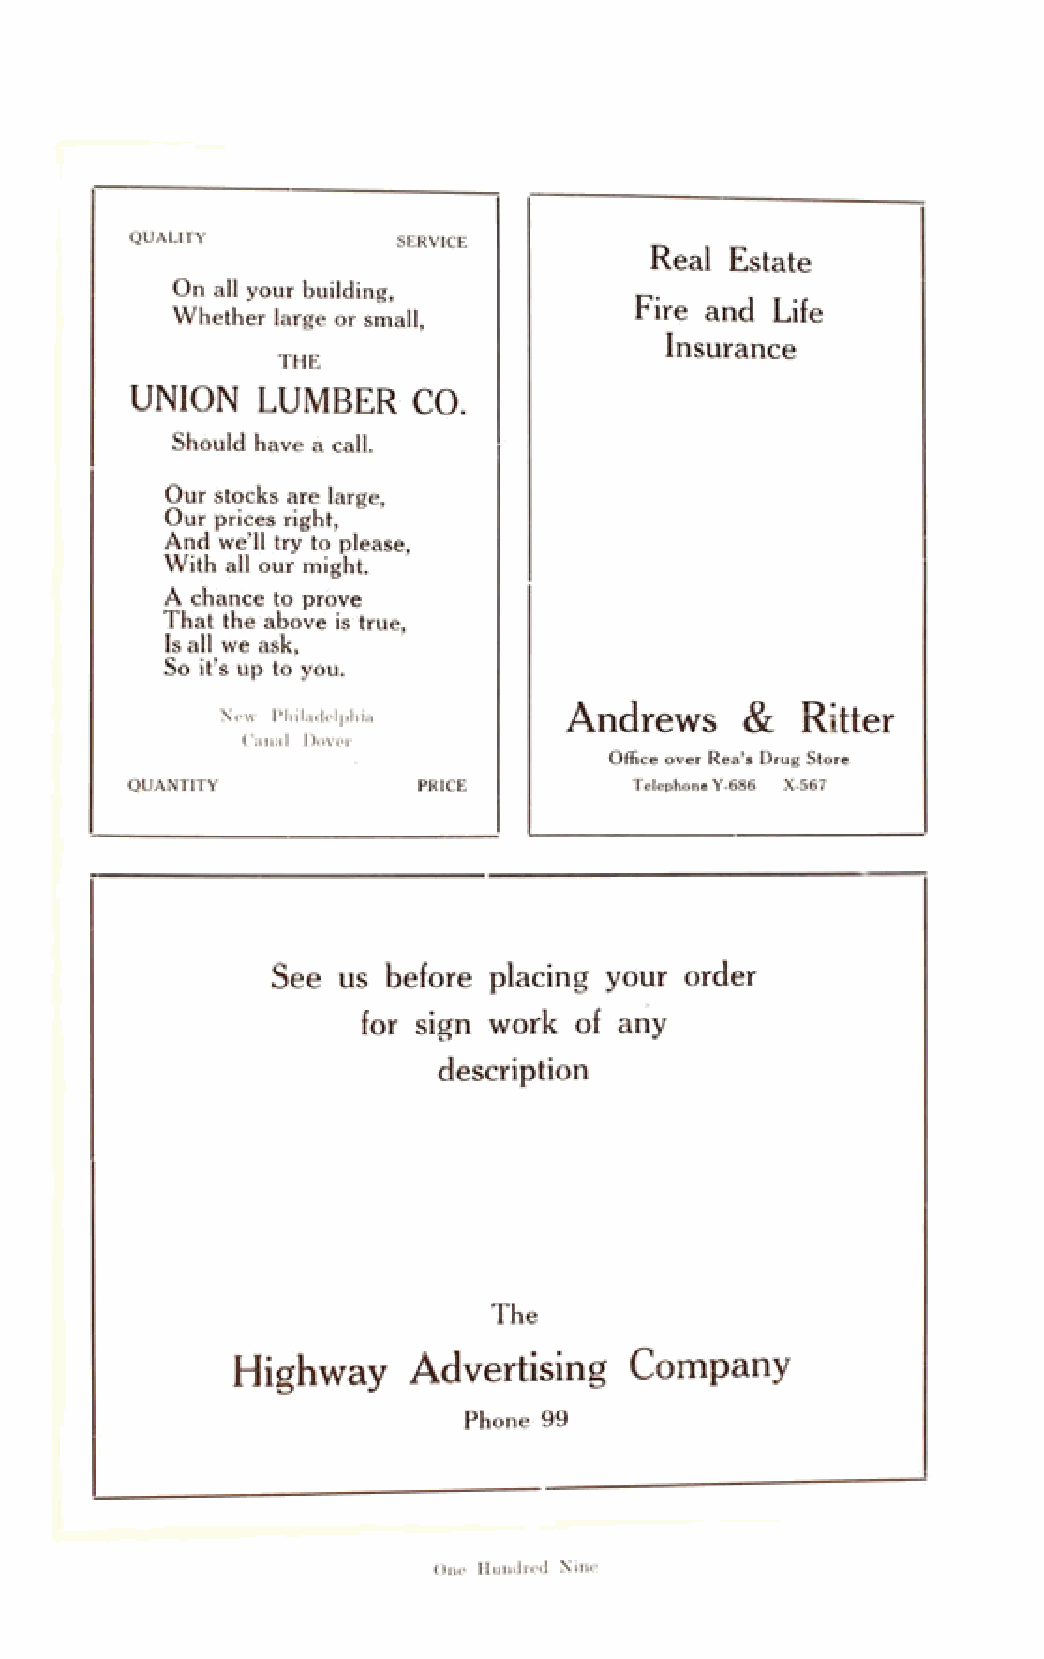
QUALITY          SERVICE
 Real Estate
 On all your building,
 Fire and Life
 Whether large or small,
 Insurance
 THE
 UNION   LUMBER    CO.
 Should have a call.
 Our stocks are large,
 Our prices right,
 And we’ll try to please,
 With all our might.
 A chance to prove
 That the above is true,
 Is all we ask,
 So it’s up to you.
 Andrews     &   Ritter
 New Philadelphia
 Canal Dover
 Office over Rea’s Drug Store
 QUANTITY           PRICE         Telephone Y-686 X-567
 See us  before placing your order
 for sign work of any
 description
 The
 Highway     Advertising    Company
 Phone 99
 One Hundred Nine